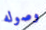
وصوله